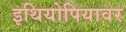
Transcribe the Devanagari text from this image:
इथियोपियावर